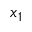
x _ { 1 }